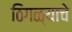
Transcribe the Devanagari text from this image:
ठिगळ्याचे